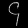
Digit: ၄